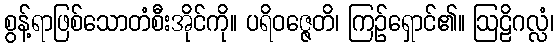
စွန့်ရာဖြစ်သောတံစီးအိုင်ကို။ ပရိဝဇ္ဇေတိ၊ ကြဉ်ရှောင်၏။ ဩဠိဂလ္လံ၊